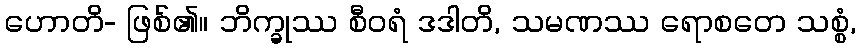
ဟောတိ- ဖြစ်၏။ ဘိက္ခုဿ စီဝရံ ဒဒါတိ, သမဏဿ ရောစတေ သစ္စံ,